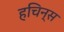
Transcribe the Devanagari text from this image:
हचिन्स